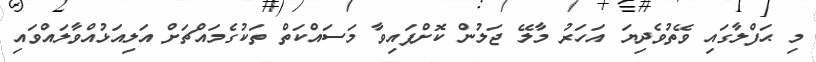
މި ޙަފްލާގައި ވޭތުވެދިޔަ އަހަރު މާލޭ ޖަލުން ކޮށްފައިވާ މަސައްކަތް ތަކުގެމައްޗަށް އަލިއަޅުއްވާލައްވައި